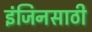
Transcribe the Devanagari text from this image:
इंजिनसाठी